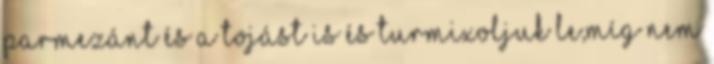
parmezánt és a tojást is és turmixoljuk le,míg nem